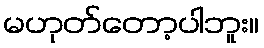
မဟုတ်တော့ပါဘူး။